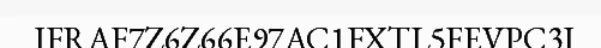
IFRAF7Z6Z66E97AC1FXTL5FEVPC3I